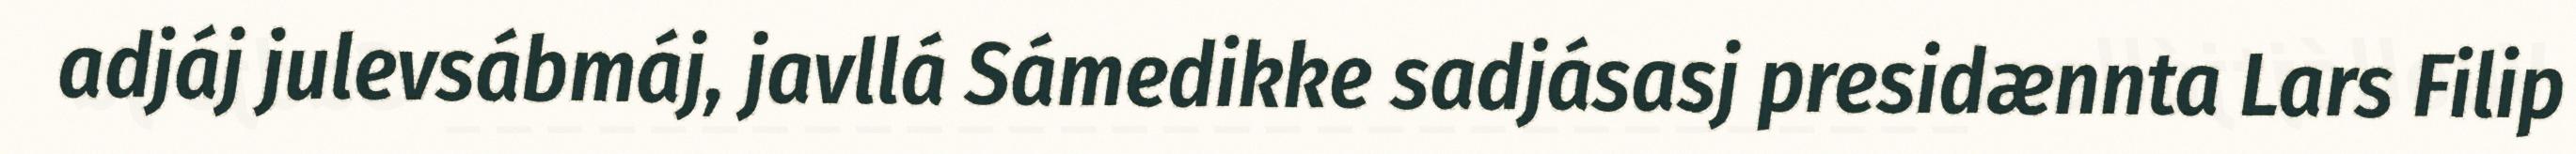
adjáj julevsábmáj, javllá Sámedikke sadjásasj presidænnta Lars Filip